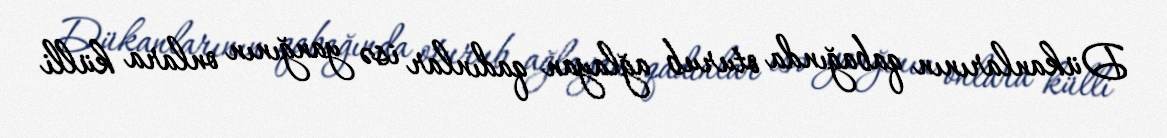
Dükanlarının qabağında oturub ağlayan qadınlar isə yanğının onlara külli